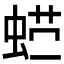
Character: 𰲽